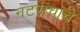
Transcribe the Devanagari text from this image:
नटसंचाचे